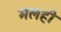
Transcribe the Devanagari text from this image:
मलही